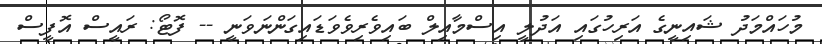
މުހައްމަދު ޝައިނީގެ އަރިހުގައި އަދުލީ އިސްމާއިލް ބައިވެރިވެވަޑައިގަންނަވަނީ -- ފޮޓޯ: ރައީސް އޮފީސް